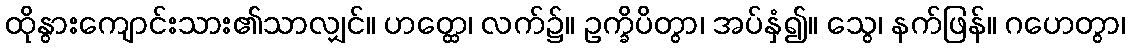
ထိုနွားကျောင်းသား၏သာလျှင်။ ဟတ္ထေ၊ လက်၌။ ဥက္ခိပိတွာ၊ အပ်နှံ၍။ သွေ၊ နက်ဖြန်။ ဂဟေတွာ၊